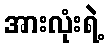
အားလုံးရဲ့